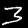
Digit: 3